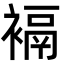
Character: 䙐